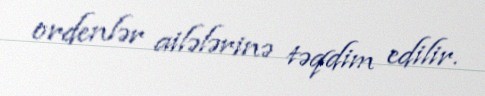
ordenlər ailələrinə təqdim edilir.